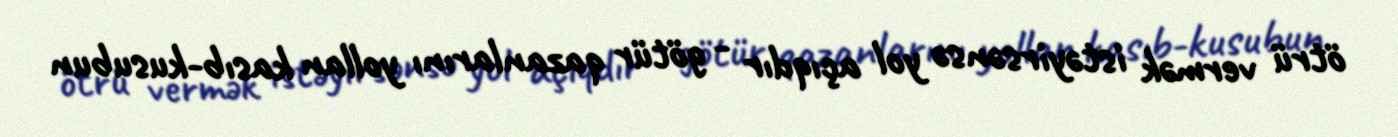
ötrü vermək istəyirsənsə yol açıqdır - götür qazanlarını yollan kasıb-kusubun